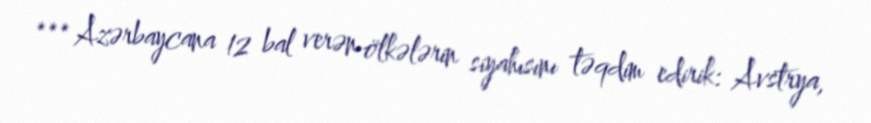
*** Azərbaycana 12 bal verən ölkələrin siyahısını təqdim edirik: Avstrya,